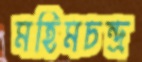
মহিমচন্দ্র